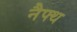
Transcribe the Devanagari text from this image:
नैफ्थ